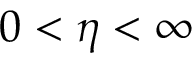
0 < \eta < \infty